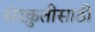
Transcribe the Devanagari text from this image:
संस्क्रुतीसाठी